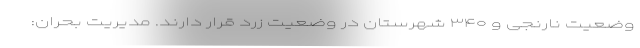
وضعیت نارنجی و ۳۴۰ شهرستان در وضعیت زرد قرار دارند. مدیریت بحران: